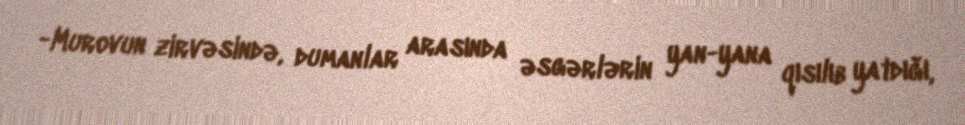
-Murovun zirvəsində, dumanlar arasında əsgərlərin yan-yana qısılıb yatdığı,